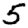
Digit: 5